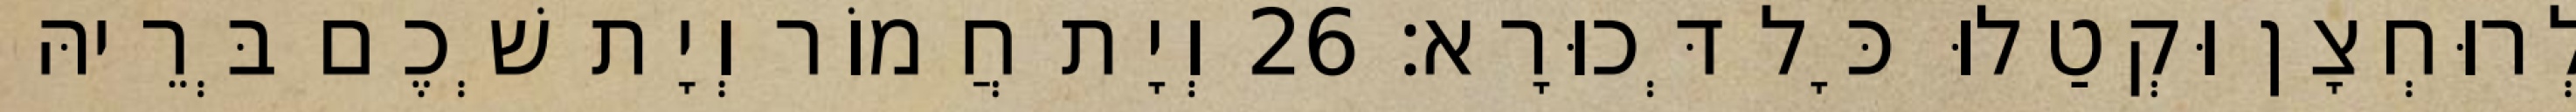
לְרוּחְצָן וּקְטַלוּ כָּל דְּכוּרָא׃ 26 וְיָת חֲמוֹר וְיָת שְׁכֶם בְּרֵיהּ